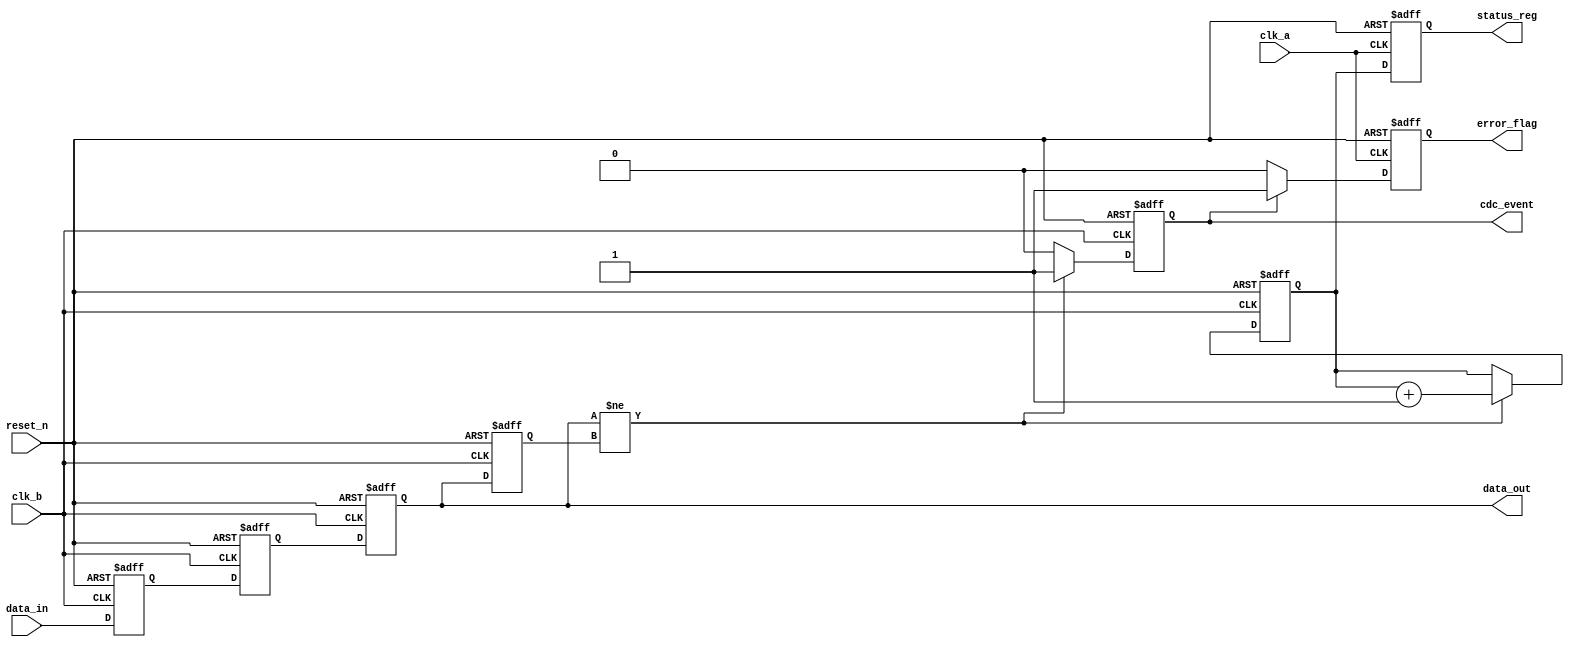
module cdc_detector (
    input wire clk_a,          // Clock domain A
    input wire clk_b,          // Clock domain B
    input wire reset_n,        // Active low asynchronous reset
    input wire data_in,        // Data signal from clk_a domain
    output reg data_out,       // Synchronized data signal in clk_b domain
    output reg cdc_event,      // CDC event flag
    output reg error_flag,      // Error flag indicating potential CDC issue
    output reg [31:0] status_reg // Status register
);

    // Internal registers
    reg data_out_prev;         // Previous value of data_out
    reg [31:0] event_counter;  // Counter for CDC events

    // Two-stage synchronizer in clk_b domain
    reg sync_ff1;
    reg sync_ff2;

    // Synchronization process
    always @(posedge clk_b or negedge reset_n) begin
        if (!reset_n) begin
            sync_ff1 <= 1'b0;
            sync_ff2 <= 1'b0;
        end else begin
            sync_ff1 <= data_in;    // First stage capture
            sync_ff2 <= sync_ff1;   // Second stage capture
        end
    end

    // Update data_out and detect CDC events
    always @(posedge clk_b or negedge reset_n) begin
        if (!reset_n) begin
            data_out <= 1'b0;
            data_out_prev <= 1'b0;
            cdc_event <= 1'b0;
            event_counter <= 32'd0;
        end else begin
            data_out_prev <= data_out; // Store previous value
            data_out <= sync_ff2;       // Update data_out

            // Detect change in data_out
            if (data_out != data_out_prev) begin
                cdc_event <= 1'b1;      // Set CDC event flag
                event_counter <= event_counter + 1; // Increment event counter
            end else begin
                cdc_event <= 1'b0;      // Clear CDC event flag
            end
        end
    end

    // Error flagging logic
    always @(posedge clk_a or negedge reset_n) begin
        if (!reset_n) begin
            error_flag <= 1'b0;
        end else begin
            if (cdc_event) begin
                error_flag <= 1'b1;    // Set error flag on CDC event
            end else begin
                error_flag <= 1'b0;     // Clear error flag
            end
        end
    end

    // Status register update
    always @(posedge clk_a or negedge reset_n) begin
        if (!reset_n) begin
            status_reg <= 32'd0;      // Clear status register
        end else begin
            status_reg <= {error_flag, event_counter}; // Update status register
        end
    end

endmodule